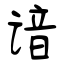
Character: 谙